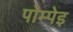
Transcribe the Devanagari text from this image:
पोम्पेइ